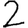
Digit: 2